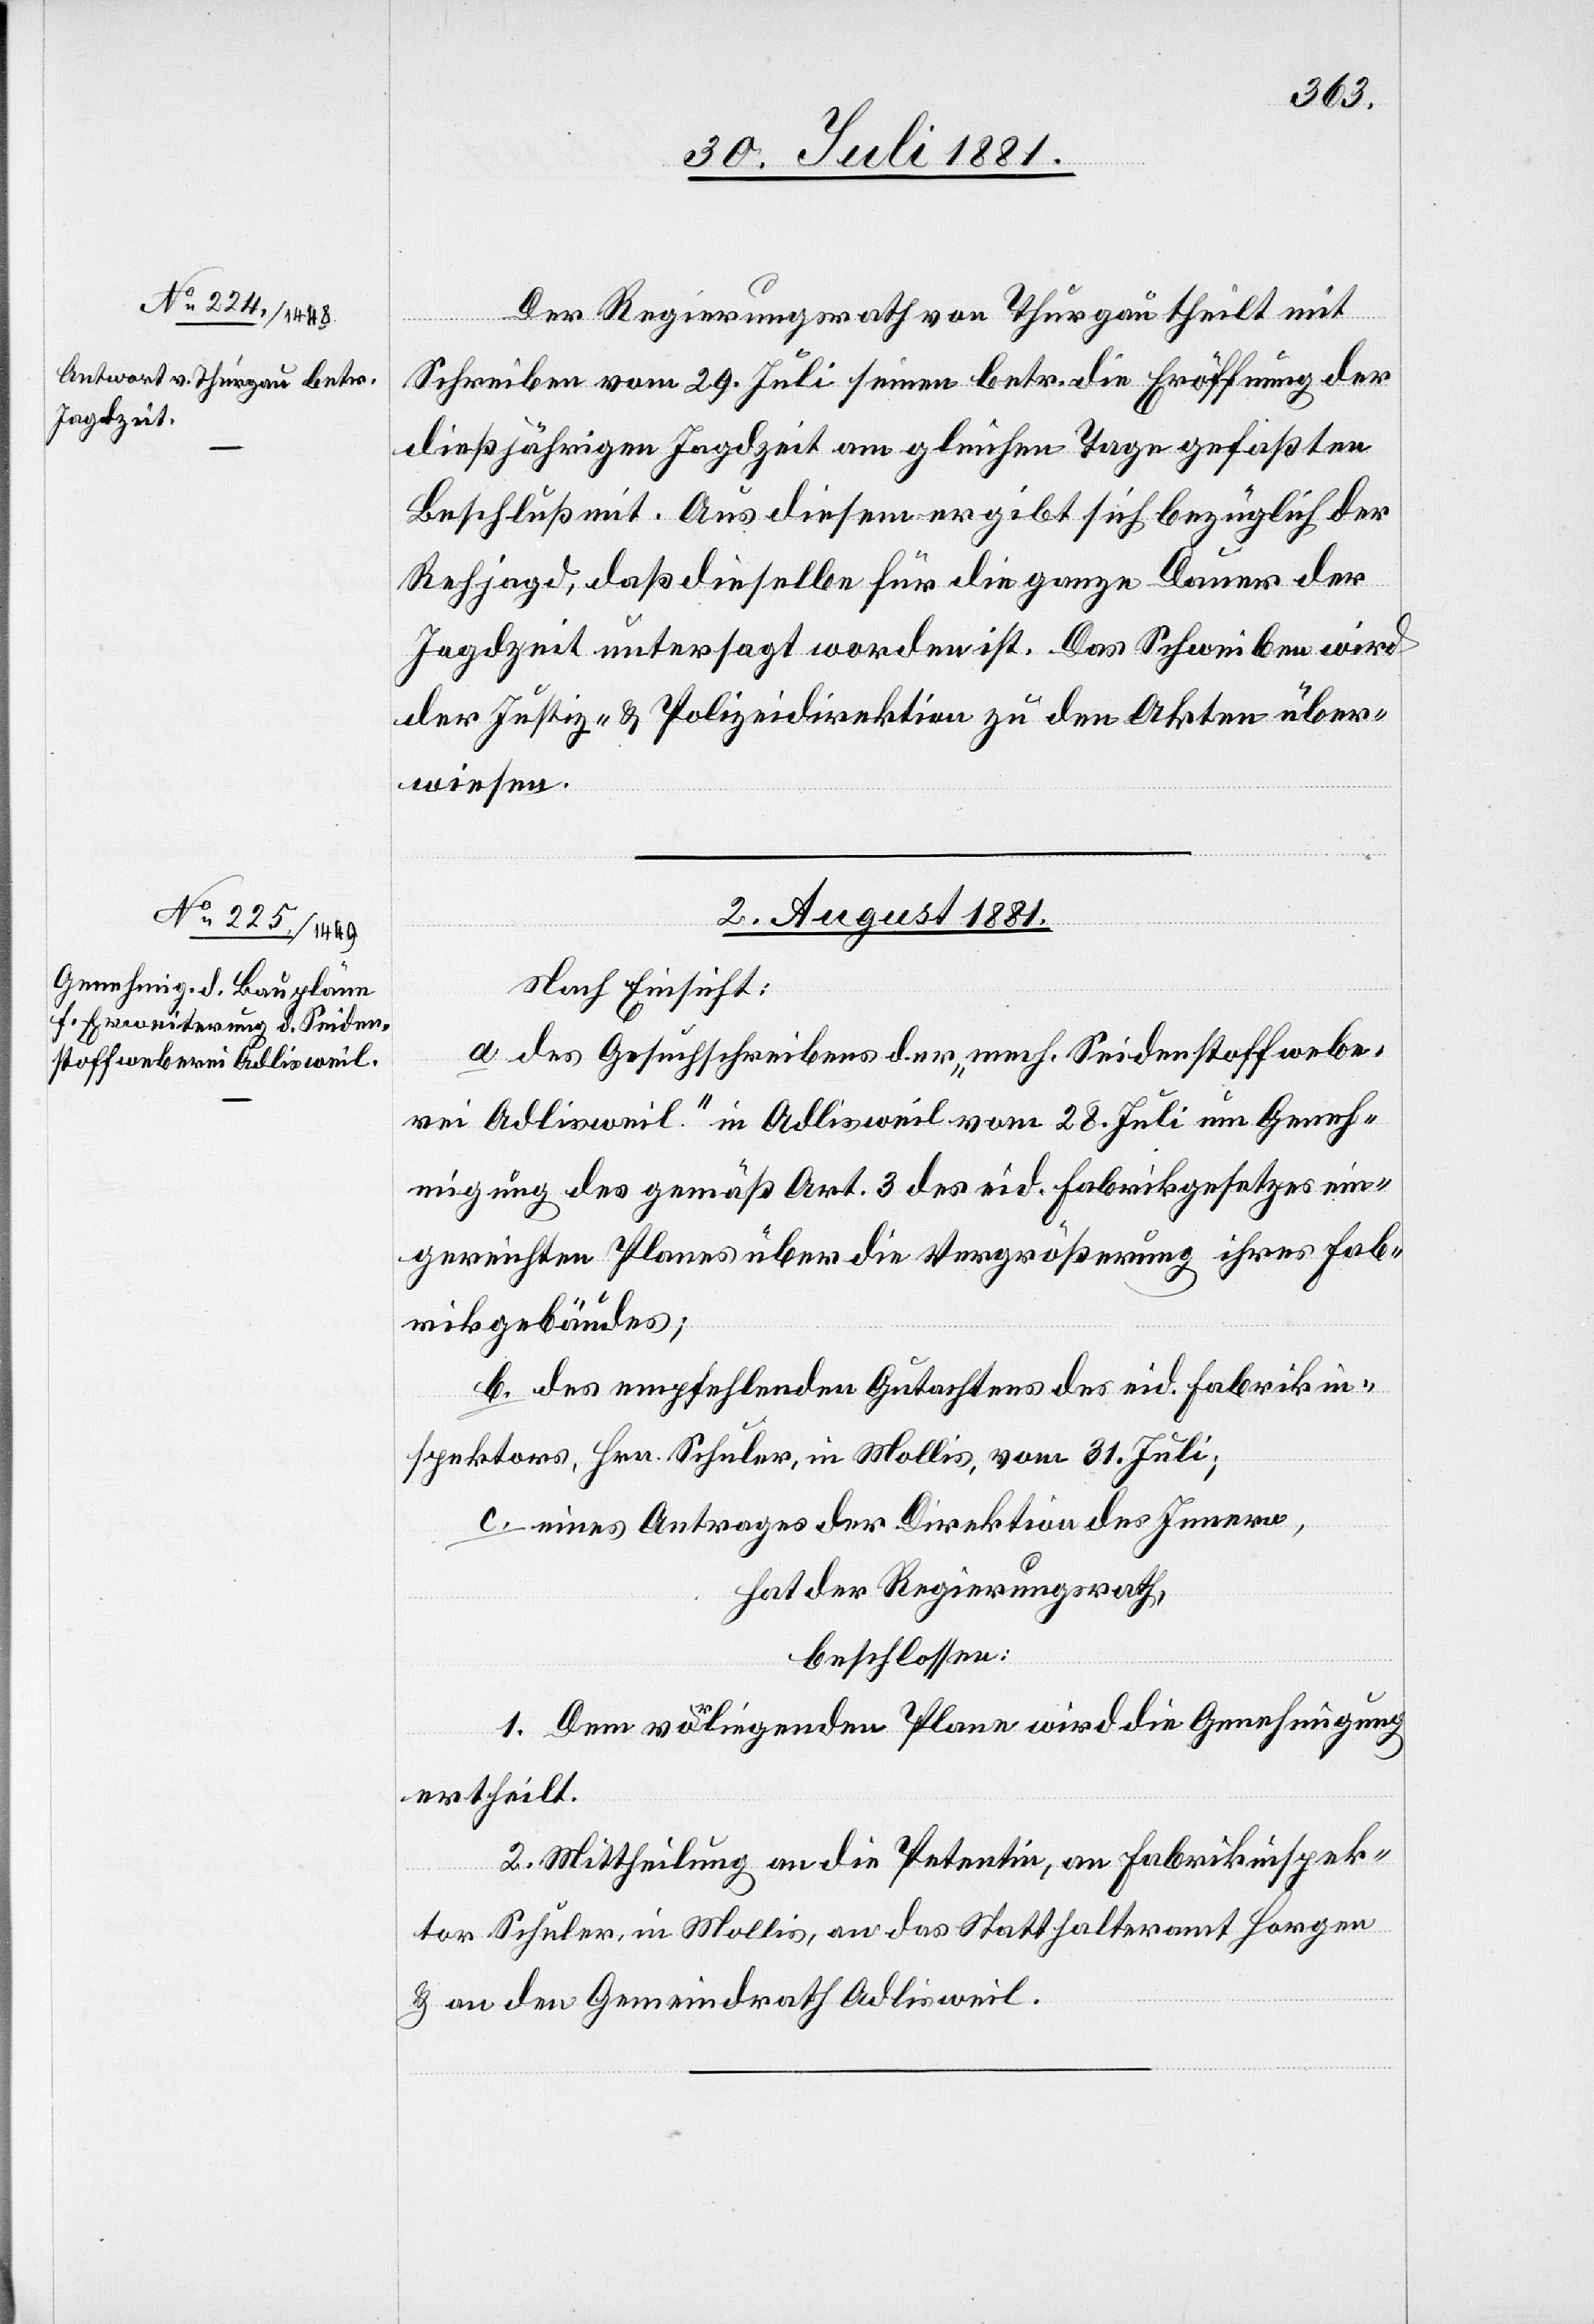
Der Regierungsrath von Thurgau theilt mit
Schreiben vom 29. Juli seinen betr. die Eröffnung der
dießjährigen Jagdzeit am gleichen Tage gefaßten
Beschluß mit. Aus diesem ergibt sich bezüglich der
Rehjagd, daß dieselbe für die ganze Dauer der
Jagdzeit untersagt worden ist. Das Schreiben wird
der Justiz- & Polizeidirektion zu den Akten über¬
wiesen.
2. August 1881.
Nach Einsicht:
a. des Gesuchschreibens der „mech. Seidenstoffwebe¬
rei Adlisweil“ in Adlisweil vom 28. Juli um Geneh¬
migung des gemäß Art. 3 des eid. Fabrikgesetzes ein¬
gereichten Planes über die Vergrößerung ihres Fab¬
rikgebäudes;
b. des empfehlenden Gutachtens des eid. Fabrikin¬
spektors, Hrn. Schuler, in Mollis, vom 31. Juli;
c. eines Antrages der Direktion des Innern,
hat der Regierungsrath,
beschlossen:
1. Dem vorliegenden Plane wird die Genehmigung
ertheilt.
2. Mittheilung an die Petentin, an Fabrikinspek¬
tor Schuler, in Mollis, an das Statthalteramt Horgen
& an den Gemeindrath Adlisweil.